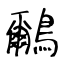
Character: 鸍